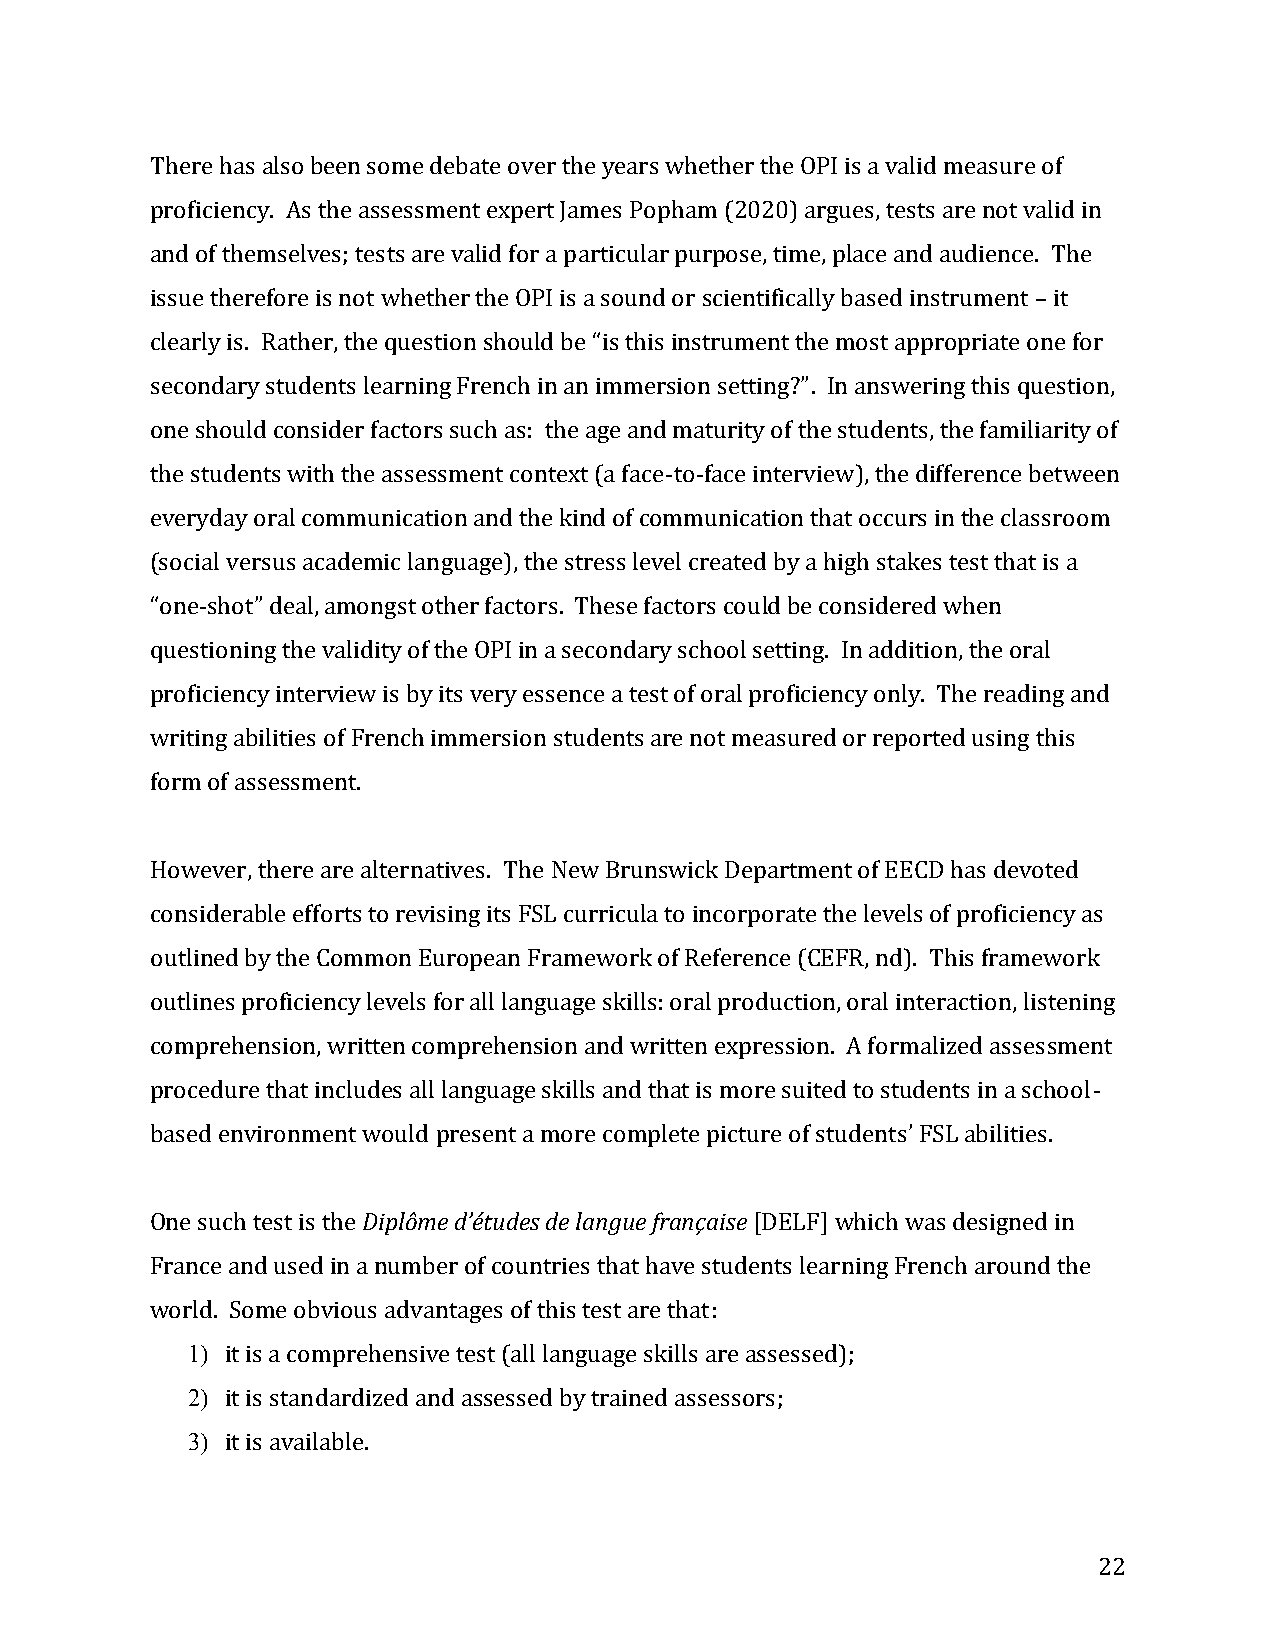
There has also been some debate over the years whether the OPI is a valid measure of
 proficiency. As the assessment expert James Popham (2020) argues, tests are not valid in
 and of themselves; tests are valid for a particular purpose, time, place and audience. The
 issue therefore is not whether the OPI is a sound or scientifically based instrument – it
 clearly is. Rather, the question should be “is this instrument the most appropriate one for
 secondary students learning French in an immersion setting?”. In answering this question,
 one should consider factors such as: the age and maturity of the students, the familiarity of
 the students with the assessment context (a face-to-face interview), the difference between
 everyday oral communication and the kind of communication that occurs in the classroom
 (social versus academic language), the stress level created by a high stakes test that is a
 “one-shot” deal, amongst other factors. These factors could be considered when
 questioning the validity of the OPI in a secondary school setting. In addition, the oral
 proficiency interview is by its very essence a test of oral proficiency only. The reading and
 writing abilities of French immersion students are not measured or reported using this
 form of assessment.
 However, there are alternatives. The New Brunswick Department of EECD has devoted
 considerable efforts to revising its FSL curricula to incorporate the levels of proficiency as
 outlined by the Common European Framework of Reference (CEFR, nd). This framework
 outlines proficiency levels for all language skills: oral production, oral interaction, listening
 comprehension, written comprehension and written expression. A formalized assessment
 procedure that includes all language skills and that is more suited to students in a school-
 based environment would present a more complete picture of students’ FSL abilities.
 One such test is the Diplôme d’études de langue française [DELF] which was designed in
 France and used in a number of countries that have students learning French around the
 world. Some obvious advantages of this test are that:
 1) it is a comprehensive test (all language skills are assessed);
 2) it is standardized and assessed by trained assessors;
 3) it is available.
 22